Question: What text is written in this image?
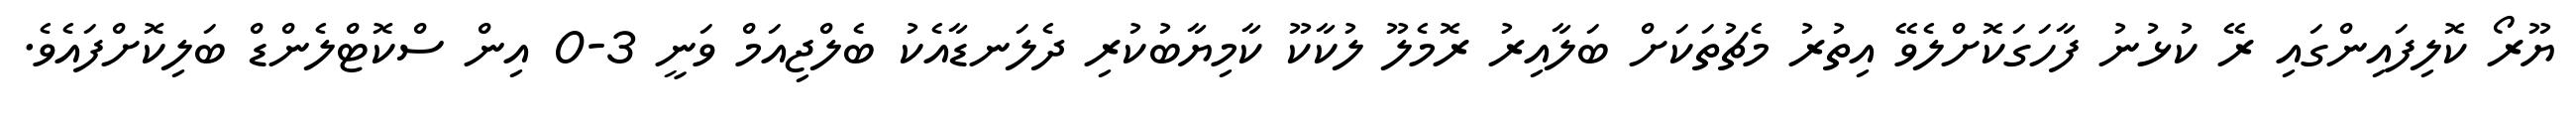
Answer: ޔޫރޯ ކޮލިފައިންގައި ރޭ ކުޅުނު ފާހަގަކޮށްލެވޭ އިތުރު މެޗުތަކަށް ބަލާއިރު ރޮމެލޫ ލުކާކޫ ކާމިޔާބުކުރި ދެލަނޑާއެކު ބެލްޖިއަމް ވަނީ 3-0 އިން ސްކޮޓްލެންޑް ބަލިކޮށްފައެވެ.